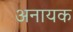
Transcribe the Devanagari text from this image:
अनायक